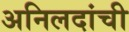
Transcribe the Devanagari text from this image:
अनिलदांची